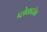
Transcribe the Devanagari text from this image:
प्लेकटॉन